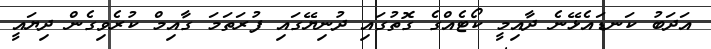
އަދަބު ކަނޑައެޅޭނެ ދާއިމީ ކޯޓެއްގެ ގޮތުގައި ދުނިޔޭގައި ފުރަތަމަ ގާއިމް ކުރެވިގެން ދިޔައީ